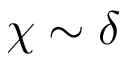
\chi \sim \delta